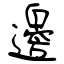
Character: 邊